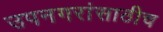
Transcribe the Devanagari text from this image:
उपनगरांसाठीच